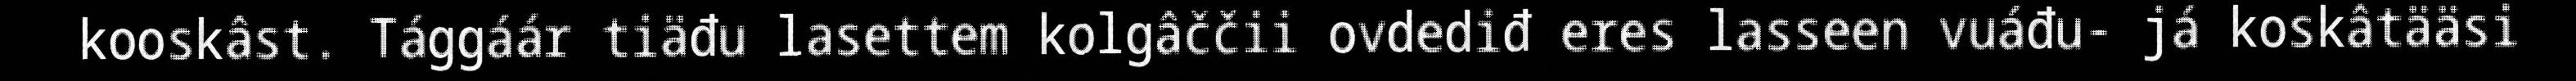
kooskâst. Tággáár tiäđu lasettem kolgâččii ovdediđ eres lasseen vuáđu- já koskâtääsi